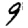
Digit: 9